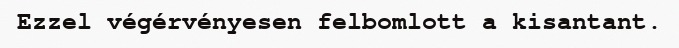
Ezzel végérvényesen felbomlott a kisantant.